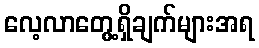
လေ့လာတွေ့ရှိချက်များအရ